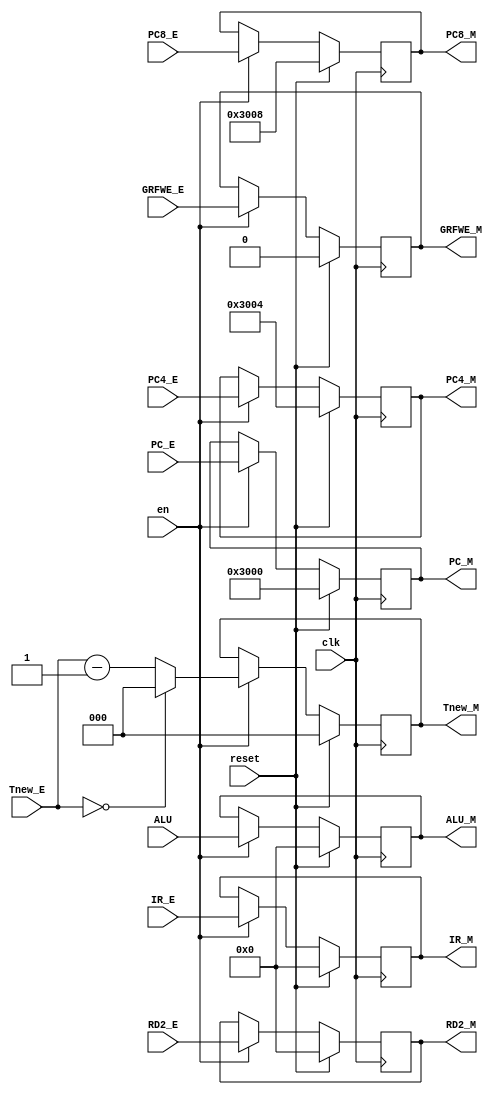
module EMreg(
    input clk,
    input reset,
	input en,
    input [31:0] IR_E,
	input [31:0] PC_E,
    input [31:0] PC4_E,
    input [31:0] PC8_E,
    input [31:0] ALU,
    input [31:0] RD2_E,
	input GRFWE_E,
	input [2:0] Tnew_E,
    output reg [31:0] IR_M,
	output reg [31:0] PC_M,
    output reg [31:0] PC4_M,
    output reg [31:0] PC8_M,
    output reg [31:0] ALU_M,
    output reg [31:0] RD2_M,
	output reg GRFWE_M,
	output reg [2:0] Tnew_M
    );

	initial begin
		IR_M = 32'h000000000;
		PC_M = 32'h00003000;
		PC4_M = 32'h00003004;
		PC8_M = 32'h00003008;
		ALU_M = 32'h00000000;
		RD2_M = 32'h00000000;
		GRFWE_M = 1'b0;
		Tnew_M = 3'b000;
	end
	
	always @ ( posedge clk ) begin
		if (reset==1) begin
			IR_M <= 32'h00000000;
			PC_M <= 32'h00003000;
			PC4_M <= 32'h00003004;
			PC8_M <= 32'h00003008;
			ALU_M <= 32'h00000000;
			RD2_M <= 32'h00000000;
			GRFWE_M <= 1'b0;
			Tnew_M <= 3'b000;
		end
		else if (en==1) begin
			IR_M <= IR_E;
			PC_M <= PC_E;
			PC4_M <= PC4_E;
			PC8_M <= PC8_E;
			ALU_M <= ALU;
			RD2_M <= RD2_E;
			GRFWE_M <= GRFWE_E;
			Tnew_M <= (Tnew_E==3'b000) ? 3'b000 : Tnew_E - 1;
		end
	end
	
endmodule